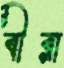
বীরা